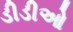
ડીડીઓ